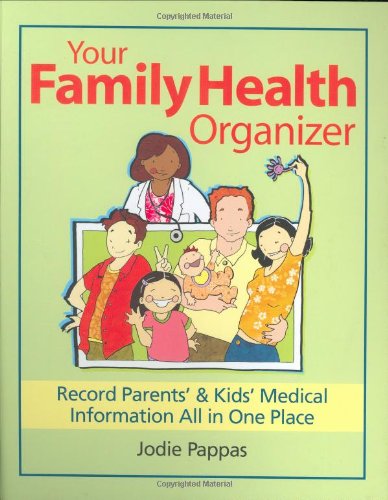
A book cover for Your Family Health Organizer: Record Parents' and Kids' Medical Information All in One Place; Jodie Pappas; Parenting & Relationships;